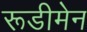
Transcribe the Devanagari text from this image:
रूडीमेन